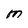
Character: M